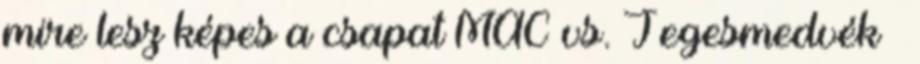
mire lesz képes a csapat MAC vs. Jegesmedvék –